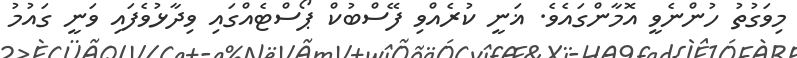
މިވަގުތު ހުންނެވީ އޮމާންގައެވެ. ޣަނީ ކުރެއްވި ފޭސްބުކް ޕޯސްޓެއްގައި ވިދާޅުވެފައި ވަނީ ގައުމު